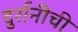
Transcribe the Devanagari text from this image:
दुर्रानीची